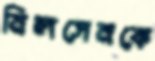
নিলসেনকে